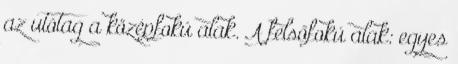
az utótag a középfokú alak. A felsőfokú alak: egyes